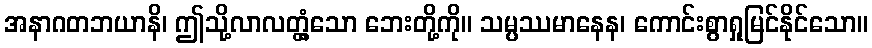
အနာဂတဘယာနိ၊ ဤသို့လာလတ္တံ့သော ဘေးတို့ကို။ သမ္ပဿမာနေန၊ ကောင်းစွာရှုမြင်နိုင်သော။